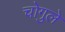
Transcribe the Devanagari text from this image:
चोगुले